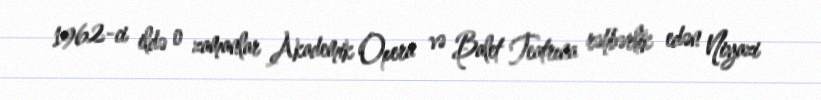
1962-ci ildə o zamanlar Akademik Opera və Balet Teatrına rəhbərlik edən Niyazi